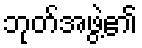
ဘုတ်အဖွဲ့၏